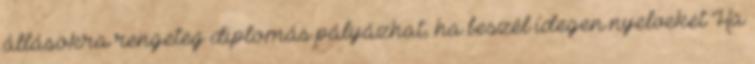
állásokra rengeteg diplomás pályázhat, ha beszél idegen nyelveket Ha